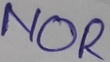
Text: NOR